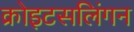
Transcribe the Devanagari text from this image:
क्रोइटसलिंगन